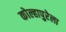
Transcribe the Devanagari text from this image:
कोल्हापुरेला